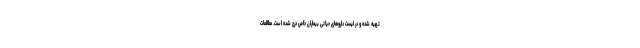
تهیه شده و در لیست داروهای حیاتی بیماران خاص درج شده است. مطالعات